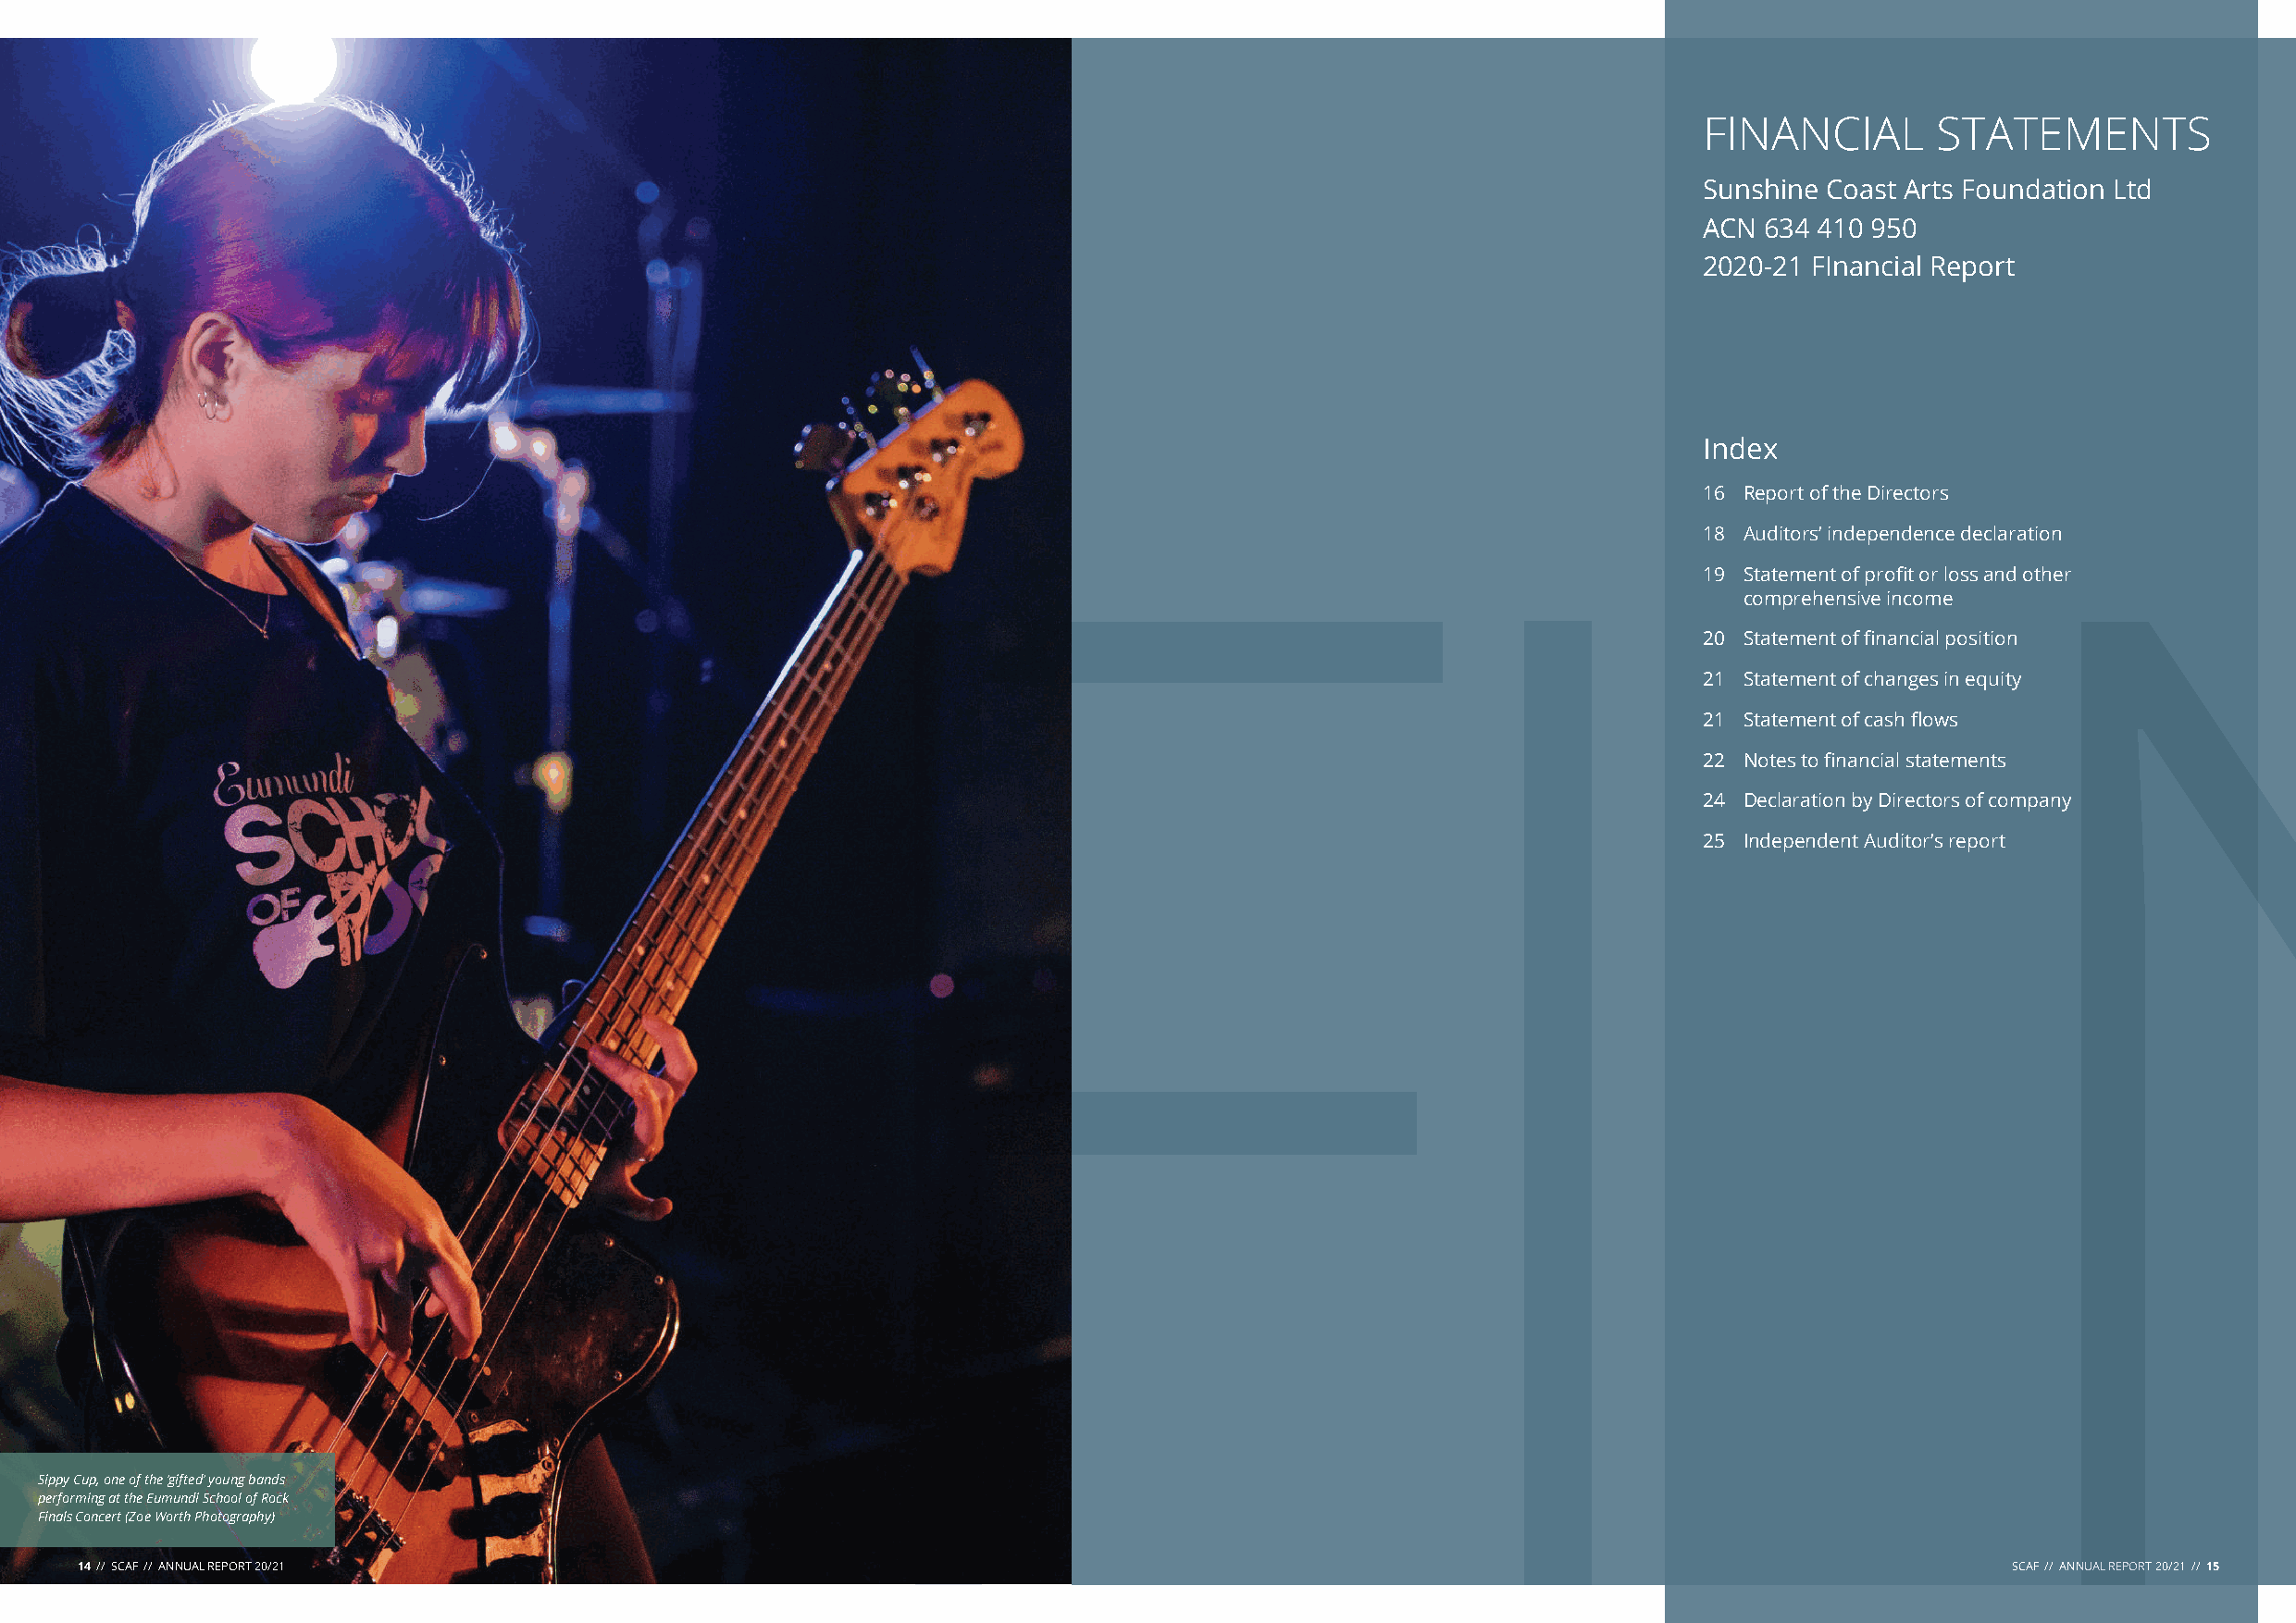
FINANCIAL       STATEMENTS
 Sunshine Coast Arts Foundation Ltd
 ACN 634 410 950
 2020-21 FInancial Report
 Index
 16 Report of the Directors
 18 Auditors’ independence declaration
 19 Statement of profit or loss and other
 comprehensive income
 FI                                                                                 N
 20 Statement of financial position
 21 Statement of changes in equity
 21 Statement of cash flows
 22 Notes to financial statements
 24 Declaration by Directors of company
 25 Independent Auditor’s report
 Sippy Cup, one of the ‘gifted’ young bands
 performing at the Eumundi School of Rock
 Finals Concert (Zoe Worth Photography)
 1144 //// SSCCAAFF //// AANNNNUUAALL RREEPPOORRTT 2200//2211                                                                              SCAF // ANNUAL REPORT 20/21 // 15